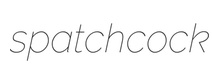
spatchcock